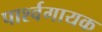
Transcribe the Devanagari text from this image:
पार्श्‍वगायक